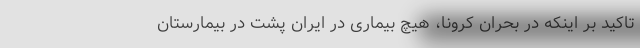
تاکید بر اینکه در بحران کرونا، هیچ بیماری در ایران پشت در بیمارستان